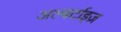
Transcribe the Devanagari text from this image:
अल्बर्टाइज़